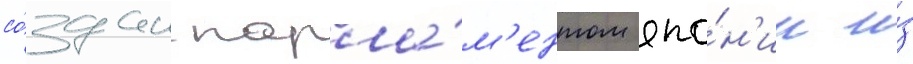
со́здан парла́м'ентом япо́н'ии и́з